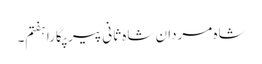
شاہ مردان شاہ ثانی پیر پگارا ہفتم۔